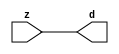

//------> ./rtl_mgc_ioport.v 
//------------------------------------------------------------------
//                M G C _ I O P O R T _ C O M P S
//------------------------------------------------------------------

//------------------------------------------------------------------
//                       M O D U L E S
//------------------------------------------------------------------

//------------------------------------------------------------------
//-- INPUT ENTITIES
//------------------------------------------------------------------

module mgc_in_wire (d, z);

  parameter integer rscid = 1;
  parameter integer width = 8;

  output [width-1:0] d;
  input  [width-1:0] z;

  wire   [width-1:0] d;

  assign d = z;

endmodule

//------------------------------------------------------------------

module mgc_in_wire_en (ld, d, lz, z);

  parameter integer rscid = 1;
  parameter integer width = 8;

  input              ld;
  output [width-1:0] d;
  output             lz;
  input  [width-1:0] z;

  wire   [width-1:0] d;
  wire               lz;

  assign d = z;
  assign lz = ld;

endmodule

//------------------------------------------------------------------

module mgc_in_wire_wait (ld, vd, d, lz, vz, z);

  parameter integer rscid = 1;
  parameter integer width = 8;

  input              ld;
  output             vd;
  output [width-1:0] d;
  output             lz;
  input              vz;
  input  [width-1:0] z;

  wire               vd;
  wire   [width-1:0] d;
  wire               lz;

  assign d = z;
  assign lz = ld;
  assign vd = vz;

endmodule
//------------------------------------------------------------------

module mgc_chan_in (ld, vd, d, lz, vz, z, size, req_size, sizez, sizelz);

  parameter integer rscid = 1;
  parameter integer width = 8;
  parameter integer sz_width = 8;

  input              ld;
  output             vd;
  output [width-1:0] d;
  output             lz;
  input              vz;
  input  [width-1:0] z;
  output [sz_width-1:0] size;
  input              req_size;
  input  [sz_width-1:0] sizez;
  output             sizelz;


  wire               vd;
  wire   [width-1:0] d;
  wire               lz;
  wire   [sz_width-1:0] size;
  wire               sizelz;

  assign d = z;
  assign lz = ld;
  assign vd = vz;
  assign size = sizez;
  assign sizelz = req_size;

endmodule


//------------------------------------------------------------------
//-- OUTPUT ENTITIES
//------------------------------------------------------------------

module mgc_out_stdreg (d, z);

  parameter integer rscid = 1;
  parameter integer width = 8;

  input    [width-1:0] d;
  output   [width-1:0] z;

  wire     [width-1:0] z;

  assign z = d;

endmodule

//------------------------------------------------------------------

module mgc_out_stdreg_en (ld, d, lz, z);

  parameter integer rscid = 1;
  parameter integer width = 8;

  input              ld;
  input  [width-1:0] d;
  output             lz;
  output [width-1:0] z;

  wire               lz;
  wire   [width-1:0] z;

  assign z = d;
  assign lz = ld;

endmodule

//------------------------------------------------------------------

module mgc_out_stdreg_wait (ld, vd, d, lz, vz, z);

  parameter integer rscid = 1;
  parameter integer width = 8;

  input              ld;
  output             vd;
  input  [width-1:0] d;
  output             lz;
  input              vz;
  output [width-1:0] z;

  wire               vd;
  wire               lz;
  wire   [width-1:0] z;

  assign z = d;
  assign lz = ld;
  assign vd = vz;

endmodule

//------------------------------------------------------------------

module mgc_out_prereg_en (ld, d, lz, z);

    parameter integer rscid = 1;
    parameter integer width = 8;

    input              ld;
    input  [width-1:0] d;
    output             lz;
    output [width-1:0] z;

    wire               lz;
    wire   [width-1:0] z;

    assign z = d;
    assign lz = ld;

endmodule

//------------------------------------------------------------------
//-- INOUT ENTITIES
//------------------------------------------------------------------

module mgc_inout_stdreg_en (ldin, din, ldout, dout, lzin, lzout, z);

    parameter integer rscid = 1;
    parameter integer width = 8;

    input              ldin;
    output [width-1:0] din;
    input              ldout;
    input  [width-1:0] dout;
    output             lzin;
    output             lzout;
    inout  [width-1:0] z;

    wire   [width-1:0] din;
    wire               lzin;
    wire               lzout;
    wire   [width-1:0] z;

    assign lzin = ldin;
    assign din = ldin ? z : {width{1'bz}};
    assign lzout = ldout;
    assign z = ldout ? dout : {width{1'bz}};

endmodule

//------------------------------------------------------------------
module hid_tribuf( I_SIG, ENABLE, O_SIG);
  parameter integer width = 8;

  input [width-1:0] I_SIG;
  input ENABLE;
  inout [width-1:0] O_SIG;

  assign O_SIG = (ENABLE) ? I_SIG : { width{1'bz}};

endmodule
//------------------------------------------------------------------

module mgc_inout_stdreg_wait (ldin, vdin, din, ldout, vdout, dout, lzin, vzin, lzout, vzout, z);

    parameter integer rscid = 1;
    parameter integer width = 8;

    input              ldin;
    output             vdin;
    output [width-1:0] din;
    input              ldout;
    output             vdout;
    input  [width-1:0] dout;
    output             lzin;
    input              vzin;
    output             lzout;
    input              vzout;
    inout  [width-1:0] z;

    wire               vdin;
    wire   [width-1:0] din;
    wire               vdout;
    wire               lzin;
    wire               lzout;
    wire   [width-1:0] z;
    wire   ldout_and_vzout;

    assign lzin = ldin;
    assign vdin = vzin;
    assign din = ldin ? z : {width{1'bz}};
    assign lzout = ldout;
    assign vdout = vzout ;
    assign ldout_and_vzout = ldout && vzout ;

    hid_tribuf #(width) tb( .I_SIG(dout),
                            .ENABLE(ldout_and_vzout),
                            .O_SIG(z) );

endmodule

//------------------------------------------------------------------

module mgc_inout_buf_wait (clk, en, arst, srst, ldin, vdin, din, ldout, vdout, dout, lzin, vzin, lzout, vzout, z);

    parameter integer rscid   = 0; // resource ID
    parameter integer width   = 8; // fifo width
    parameter         ph_clk  =  1'b1; // clock polarity 1=rising edge, 0=falling edge
    parameter         ph_en   =  1'b1; // clock enable polarity
    parameter         ph_arst =  1'b1; // async reset polarity
    parameter         ph_srst =  1'b1; // sync reset polarity

    input              clk;
    input              en;
    input              arst;
    input              srst;
    input              ldin;
    output             vdin;
    output [width-1:0] din;
    input              ldout;
    output             vdout;
    input  [width-1:0] dout;
    output             lzin;
    input              vzin;
    output             lzout;
    input              vzout;
    inout  [width-1:0] z;

    wire               lzout_buf;
    wire               vzout_buf;
    wire   [width-1:0] z_buf;
    wire               vdin;
    wire   [width-1:0] din;
    wire               vdout;
    wire               lzin;
    wire               lzout;
    wire   [width-1:0] z;

    assign lzin = ldin;
    assign vdin = vzin;
    assign din = ldin ? z : {width{1'bz}};
    assign lzout = lzout_buf & ~ldin;
    assign vzout_buf = vzout & ~ldin;
    hid_tribuf #(width) tb( .I_SIG(z_buf),
                            .ENABLE((lzout_buf && (!ldin) && vzout) ),
                            .O_SIG(z)  );

    mgc_out_buf_wait
    #(
        .rscid   (rscid),
        .width   (width),
        .ph_clk  (ph_clk),
        .ph_en   (ph_en),
        .ph_arst (ph_arst),
        .ph_srst (ph_srst)
    )
    BUFF
    (
        .clk     (clk),
        .en      (en),
        .arst    (arst),
        .srst    (srst),
        .ld      (ldout),
        .vd      (vdout),
        .d       (dout),
        .lz      (lzout_buf),
        .vz      (vzout_buf),
        .z       (z_buf)
    );


endmodule

module mgc_inout_fifo_wait (clk, en, arst, srst, ldin, vdin, din, ldout, vdout, dout, lzin, vzin, lzout, vzout, z);

    parameter integer rscid   = 0; // resource ID
    parameter integer width   = 8; // fifo width
    parameter integer fifo_sz = 8; // fifo depth
    parameter         ph_clk  = 1'b1;  // clock polarity 1=rising edge, 0=falling edge
    parameter         ph_en   = 1'b1;  // clock enable polarity
    parameter         ph_arst = 1'b1;  // async reset polarity
    parameter         ph_srst = 1'b1;  // sync reset polarity
    parameter integer ph_log2 = 3;     // log2(fifo_sz)
    parameter integer pwropt  = 0;     // pwropt

    input              clk;
    input              en;
    input              arst;
    input              srst;
    input              ldin;
    output             vdin;
    output [width-1:0] din;
    input              ldout;
    output             vdout;
    input  [width-1:0] dout;
    output             lzin;
    input              vzin;
    output             lzout;
    input              vzout;
    inout  [width-1:0] z;

    wire               lzout_buf;
    wire               vzout_buf;
    wire   [width-1:0] z_buf;
    wire               comb;
    wire               vdin;
    wire   [width-1:0] din;
    wire               vdout;
    wire               lzin;
    wire               lzout;
    wire   [width-1:0] z;

    assign lzin = ldin;
    assign vdin = vzin;
    assign din = ldin ? z : {width{1'bz}};
    assign lzout = lzout_buf & ~ldin;
    assign vzout_buf = vzout & ~ldin;
    assign comb = (lzout_buf && (!ldin) && vzout);

    hid_tribuf #(width) tb2( .I_SIG(z_buf), .ENABLE(comb), .O_SIG(z)  );

    mgc_out_fifo_wait
    #(
        .rscid   (rscid),
        .width   (width),
        .fifo_sz (fifo_sz),
        .ph_clk  (ph_clk),
        .ph_en   (ph_en),
        .ph_arst (ph_arst),
        .ph_srst (ph_srst),
        .ph_log2 (ph_log2),
        .pwropt  (pwropt)
    )
    FIFO
    (
        .clk   (clk),
        .en      (en),
        .arst    (arst),
        .srst    (srst),
        .ld      (ldout),
        .vd      (vdout),
        .d       (dout),
        .lz      (lzout_buf),
        .vz      (vzout_buf),
        .z       (z_buf)
    );

endmodule

//------------------------------------------------------------------
//-- I/O SYNCHRONIZATION ENTITIES
//------------------------------------------------------------------

module mgc_io_sync (ld, lz);

    input  ld;
    output lz;

    assign lz = ld;

endmodule

module mgc_bsync_rdy (rd, rz);

    parameter integer rscid   = 0; // resource ID
    parameter ready = 1;
    parameter valid = 0;

    input  rd;
    output rz;

    wire   rz;

    assign rz = rd;

endmodule

module mgc_bsync_vld (vd, vz);

    parameter integer rscid   = 0; // resource ID
    parameter ready = 0;
    parameter valid = 1;

    output vd;
    input  vz;

    wire   vd;

    assign vd = vz;

endmodule

module mgc_bsync_rv (rd, vd, rz, vz);

    parameter integer rscid   = 0; // resource ID
    parameter ready = 1;
    parameter valid = 1;

    input  rd;
    output vd;
    output rz;
    input  vz;

    wire   vd;
    wire   rz;

    assign rz = rd;
    assign vd = vz;

endmodule

//------------------------------------------------------------------

module mgc_sync (ldin, vdin, ldout, vdout);

  input  ldin;
  output vdin;
  input  ldout;
  output vdout;

  wire   vdin;
  wire   vdout;

  assign vdin = ldout;
  assign vdout = ldin;

endmodule

///////////////////////////////////////////////////////////////////////////////
// dummy function used to preserve funccalls for modulario
// it looks like a memory read to the caller
///////////////////////////////////////////////////////////////////////////////
module funccall_inout (d, ad, bd, z, az, bz);

  parameter integer ram_id = 1;
  parameter integer width = 8;
  parameter integer addr_width = 8;

  output [width-1:0]       d;
  input  [addr_width-1:0]  ad;
  input                    bd;
  input  [width-1:0]       z;
  output [addr_width-1:0]  az;
  output                   bz;

  wire   [width-1:0]       d;
  wire   [addr_width-1:0]  az;
  wire                     bz;

  assign d  = z;
  assign az = ad;
  assign bz = bd;

endmodule


///////////////////////////////////////////////////////////////////////////////
// inlinable modular io not otherwise found in mgc_ioport
///////////////////////////////////////////////////////////////////////////////

module modulario_en_in (vd, d, vz, z);

  parameter integer rscid = 1;
  parameter integer width = 8;

  output             vd;
  output [width-1:0] d;
  input              vz;
  input  [width-1:0] z;

  wire   [width-1:0] d;
  wire               vd;

  assign d = z;
  assign vd = vz;

endmodule

//------> ./rtl_mgc_ioport_v2001.v 
//------------------------------------------------------------------

module mgc_out_reg_pos (clk, en, arst, srst, ld, d, lz, z);

    parameter integer rscid   = 1;
    parameter integer width   = 8;
    parameter         ph_en   =  1'b1;
    parameter         ph_arst =  1'b1;
    parameter         ph_srst =  1'b1;

    input              clk;
    input              en;
    input              arst;
    input              srst;
    input              ld;
    input  [width-1:0] d;
    output             lz;
    output [width-1:0] z;

    reg                lz;
    reg    [width-1:0] z;

    generate
    if (ph_arst == 1'b0)
    begin: NEG_ARST
        always @(posedge clk or negedge arst)
        if (arst == 1'b0)
        begin: B1
            lz <= 1'b0;
            z  <= {width{1'b0}};
        end
        else if (srst == ph_srst)
        begin: B2
            lz <= 1'b0;
            z  <= {width{1'b0}};
        end
        else if (en == ph_en)
        begin: B3
            lz <= ld;
            z  <= (ld) ? d : z;
        end
    end
    else
    begin: POS_ARST
        always @(posedge clk or posedge arst)
        if (arst == 1'b1)
        begin: B1
            lz <= 1'b0;
            z  <= {width{1'b0}};
        end
        else if (srst == ph_srst)
        begin: B2
            lz <= 1'b0;
            z  <= {width{1'b0}};
        end
        else if (en == ph_en)
        begin: B3
            lz <= ld;
            z  <= (ld) ? d : z;
        end
    end
    endgenerate

endmodule

//------------------------------------------------------------------

module mgc_out_reg_neg (clk, en, arst, srst, ld, d, lz, z);

    parameter integer rscid   = 1;
    parameter integer width   = 8;
    parameter         ph_en   =  1'b1;
    parameter         ph_arst =  1'b1;
    parameter         ph_srst =  1'b1;

    input              clk;
    input              en;
    input              arst;
    input              srst;
    input              ld;
    input  [width-1:0] d;
    output             lz;
    output [width-1:0] z;

    reg                lz;
    reg    [width-1:0] z;

    generate
    if (ph_arst == 1'b0)
    begin: NEG_ARST
        always @(negedge clk or negedge arst)
        if (arst == 1'b0)
        begin: B1
            lz <= 1'b0;
            z  <= {width{1'b0}};
        end
        else if (srst == ph_srst)
        begin: B2
            lz <= 1'b0;
            z  <= {width{1'b0}};
        end
        else if (en == ph_en)
        begin: B3
            lz <= ld;
            z  <= (ld) ? d : z;
        end
    end
    else
    begin: POS_ARST
        always @(negedge clk or posedge arst)
        if (arst == 1'b1)
        begin: B1
            lz <= 1'b0;
            z  <= {width{1'b0}};
        end
        else if (srst == ph_srst)
        begin: B2
            lz <= 1'b0;
            z  <= {width{1'b0}};
        end
        else if (en == ph_en)
        begin: B3
            lz <= ld;
            z  <= (ld) ? d : z;
        end
    end
    endgenerate

endmodule

//------------------------------------------------------------------

module mgc_out_reg (clk, en, arst, srst, ld, d, lz, z); // Not Supported

    parameter integer rscid   = 1;
    parameter integer width   = 8;
    parameter         ph_clk  =  1'b1;
    parameter         ph_en   =  1'b1;
    parameter         ph_arst =  1'b1;
    parameter         ph_srst =  1'b1;

    input              clk;
    input              en;
    input              arst;
    input              srst;
    input              ld;
    input  [width-1:0] d;
    output             lz;
    output [width-1:0] z;


    generate
    if (ph_clk == 1'b0)
    begin: NEG_EDGE

        mgc_out_reg_neg
        #(
            .rscid   (rscid),
            .width   (width),
            .ph_en   (ph_en),
            .ph_arst (ph_arst),
            .ph_srst (ph_srst)
        )
        mgc_out_reg_neg_inst
        (
            .clk     (clk),
            .en      (en),
            .arst    (arst),
            .srst    (srst),
            .ld      (ld),
            .d       (d),
            .lz      (lz),
            .z       (z)
        );

    end
    else
    begin: POS_EDGE

        mgc_out_reg_pos
        #(
            .rscid   (rscid),
            .width   (width),
            .ph_en   (ph_en),
            .ph_arst (ph_arst),
            .ph_srst (ph_srst)
        )
        mgc_out_reg_pos_inst
        (
            .clk     (clk),
            .en      (en),
            .arst    (arst),
            .srst    (srst),
            .ld      (ld),
            .d       (d),
            .lz      (lz),
            .z       (z)
        );

    end
    endgenerate

endmodule




//------------------------------------------------------------------

module mgc_out_buf_wait (clk, en, arst, srst, ld, vd, d, vz, lz, z); // Not supported

    parameter integer rscid   = 1;
    parameter integer width   = 8;
    parameter         ph_clk  =  1'b1;
    parameter         ph_en   =  1'b1;
    parameter         ph_arst =  1'b1;
    parameter         ph_srst =  1'b1;

    input              clk;
    input              en;
    input              arst;
    input              srst;
    input              ld;
    output             vd;
    input  [width-1:0] d;
    output             lz;
    input              vz;
    output [width-1:0] z;

    wire               filled;
    wire               filled_next;
    wire   [width-1:0] abuf;
    wire               lbuf;


    assign filled_next = (filled & (~vz)) | (filled & ld) | (ld & (~vz));

    assign lbuf = ld & ~(filled ^ vz);

    assign vd = vz | ~filled;

    assign lz = ld | filled;

    assign z = (filled) ? abuf : d;

    wire dummy;
    wire dummy_bufreg_lz;

    // Output registers:
    mgc_out_reg
    #(
        .rscid   (rscid),
        .width   (1'b1),
        .ph_clk  (ph_clk),
        .ph_en   (ph_en),
        .ph_arst (ph_arst),
        .ph_srst (ph_srst)
    )
    STATREG
    (
        .clk     (clk),
        .en      (en),
        .arst    (arst),
        .srst    (srst),
        .ld      (filled_next),
        .d       (1'b0),       // input d is unused
        .lz      (filled),
        .z       (dummy)            // output z is unused
    );

    mgc_out_reg
    #(
        .rscid   (rscid),
        .width   (width),
        .ph_clk  (ph_clk),
        .ph_en   (ph_en),
        .ph_arst (ph_arst),
        .ph_srst (ph_srst)
    )
    BUFREG
    (
        .clk     (clk),
        .en      (en),
        .arst    (arst),
        .srst    (srst),
        .ld      (lbuf),
        .d       (d),
        .lz      (dummy_bufreg_lz),
        .z       (abuf)
    );

endmodule

//------------------------------------------------------------------

module mgc_out_fifo_wait (clk, en, arst, srst, ld, vd, d, lz, vz,  z);

    parameter integer rscid   = 0; // resource ID
    parameter integer width   = 8; // fifo width
    parameter integer fifo_sz = 8; // fifo depth
    parameter         ph_clk  = 1'b1; // clock polarity 1=rising edge, 0=falling edge
    parameter         ph_en   = 1'b1; // clock enable polarity
    parameter         ph_arst = 1'b1; // async reset polarity
    parameter         ph_srst = 1'b1; // sync reset polarity
    parameter integer ph_log2 = 3; // log2(fifo_sz)
    parameter integer pwropt  = 0; // pwropt


    input                 clk;
    input                 en;
    input                 arst;
    input                 srst;
    input                 ld;    // load data
    output                vd;    // fifo full active low
    input     [width-1:0] d;
    output                lz;    // fifo ready to send
    input                 vz;    // dest ready for data
    output    [width-1:0] z;

    wire    [31:0]      size;


      // Output registers:
 mgc_out_fifo_wait_core#(
        .rscid   (rscid),
        .width   (width),
        .sz_width (32),
        .fifo_sz (fifo_sz),
        .ph_clk  (ph_clk),
        .ph_en   (ph_en),
        .ph_arst (ph_arst),
        .ph_srst (ph_srst),
        .ph_log2 (ph_log2),
        .pwropt  (pwropt)
        ) CORE (
        .clk (clk),
        .en (en),
        .arst (arst),
        .srst (srst),
        .ld (ld),
        .vd (vd),
        .d (d),
        .lz (lz),
        .vz (vz),
        .z (z),
        .size (size)
        );

endmodule



module mgc_out_fifo_wait_core (clk, en, arst, srst, ld, vd, d, lz, vz,  z, size);

    parameter integer rscid   = 0; // resource ID
    parameter integer width   = 8; // fifo width
    parameter integer sz_width = 8; // size of port for elements in fifo
    parameter integer fifo_sz = 8; // fifo depth
    parameter         ph_clk  =  1'b1; // clock polarity 1=rising edge, 0=falling edge
    parameter         ph_en   =  1'b1; // clock enable polarity
    parameter         ph_arst =  1'b1; // async reset polarity
    parameter         ph_srst =  1'b1; // sync reset polarity
    parameter integer ph_log2 = 3; // log2(fifo_sz)
    parameter integer pwropt  = 0; // pwropt

   localparam integer  fifo_b = width * fifo_sz;

    input                 clk;
    input                 en;
    input                 arst;
    input                 srst;
    input                 ld;    // load data
    output                vd;    // fifo full active low
    input     [width-1:0] d;
    output                lz;    // fifo ready to send
    input                 vz;    // dest ready for data
    output    [width-1:0] z;
    output    [sz_width-1:0]      size;

    reg      [( (fifo_sz > 0) ? fifo_sz : 1)-1:0] stat_pre;
    wire     [( (fifo_sz > 0) ? fifo_sz : 1)-1:0] stat;
    reg      [( (fifo_b > 0) ? fifo_b : 1)-1:0] buff_pre;
    wire     [( (fifo_b > 0) ? fifo_b : 1)-1:0] buff;
    reg      [( (fifo_sz > 0) ? fifo_sz : 1)-1:0] en_l;
    reg      [(((fifo_sz > 0) ? fifo_sz : 1)-1)/8:0] en_l_s;

    reg       [width-1:0] buff_nxt;

    reg                   stat_nxt;
    reg                   stat_before;
    reg                   stat_after;
    reg                   en_l_var;

    integer               i;
    genvar                eni;

    wire [32:0]           size_t;
    reg [31:0]            count;
    reg [31:0]            count_t;
    reg [32:0]            n_elem;
// pragma translate_off
    reg [31:0]            peak;
// pragma translate_on

    wire [( (fifo_sz > 0) ? fifo_sz : 1)-1:0] dummy_statreg_lz;
    wire [( (fifo_b > 0) ? fifo_b : 1)-1:0] dummy_bufreg_lz;

    generate
    if ( fifo_sz > 0 )
    begin: FIFO_REG
      assign vd = vz | ~stat[0];
      assign lz = ld | stat[fifo_sz-1];
      assign size_t = (count - (vz && stat[fifo_sz-1])) + ld;
      assign size = size_t[sz_width-1:0];
      assign z = (stat[fifo_sz-1]) ? buff[fifo_b-1:width*(fifo_sz-1)] : d;

      always @(*)
      begin: FIFOPROC
        n_elem = 33'b0;
        for (i = fifo_sz-1; i >= 0; i = i - 1)
        begin
          if (i != 0)
            stat_before = stat[i-1];
          else
            stat_before = 1'b0;

          if (i != (fifo_sz-1))
            stat_after = stat[i+1];
          else
            stat_after = 1'b1;

          stat_nxt = stat_after &
                    (stat_before | (stat[i] & (~vz)) | (stat[i] & ld) | (ld & (~vz)));

          stat_pre[i] = stat_nxt;
          en_l_var = 1'b1;
          if (!stat_nxt)
            begin
              buff_nxt = {width{1'b0}};
              en_l_var = 1'b0;
            end
          else if (vz && stat_before)
            buff_nxt[0+:width] = buff[width*(i-1)+:width];
          else if (ld && !((vz && stat_before) || ((!vz) && stat[i])))
            buff_nxt = d;
          else
            begin
              if (pwropt == 0)
                buff_nxt[0+:width] = buff[width*i+:width];
              else
                buff_nxt = {width{1'b0}};
              en_l_var = 1'b0;
            end

          if (ph_en != 0)
            en_l[i] = en & en_l_var;
          else
            en_l[i] = en | ~en_l_var;

          buff_pre[width*i+:width] = buff_nxt[0+:width];

          if ((stat_after == 1'b1) && (stat[i] == 1'b0))
            n_elem = ($unsigned(fifo_sz) - 1) - i;
        end

        if (ph_en != 0)
          en_l_s[(((fifo_sz > 0) ? fifo_sz : 1)-1)/8] = 1'b1;
        else
          en_l_s[(((fifo_sz > 0) ? fifo_sz : 1)-1)/8] = 1'b0;

        for (i = fifo_sz-1; i >= 7; i = i - 1)
        begin
          if ((i%'d2) == 0)
          begin
            if (ph_en != 0)
              en_l_s[(i/8)-1] = en & (stat[i]|stat_pre[i-1]);
            else
              en_l_s[(i/8)-1] = en | ~(stat[i]|stat_pre[i-1]);
          end
        end

        if ( stat[fifo_sz-1] == 1'b0 )
          count_t = 32'b0;
        else if ( stat[0] == 1'b1 )
          count_t = { {(32-ph_log2){1'b0}}, fifo_sz};
        else
          count_t = n_elem[31:0];
        count = count_t;
// pragma translate_off
        if ( peak < count )
          peak = count;
// pragma translate_on
      end

      if (pwropt == 0)
      begin: NOCGFIFO
        // Output registers:
        mgc_out_reg
        #(
            .rscid   (rscid),
            .width   (fifo_sz),
            .ph_clk  (ph_clk),
            .ph_en   (ph_en),
            .ph_arst (ph_arst),
            .ph_srst (ph_srst)
        )
        STATREG
        (
            .clk     (clk),
            .en      (en),
            .arst    (arst),
            .srst    (srst),
            .ld      (1'b1),
            .d       (stat_pre),
            .lz      (dummy_statreg_lz[0]),
            .z       (stat)
        );
        mgc_out_reg
        #(
            .rscid   (rscid),
            .width   (fifo_b),
            .ph_clk  (ph_clk),
            .ph_en   (ph_en),
            .ph_arst (ph_arst),
            .ph_srst (ph_srst)
        )
        BUFREG
        (
            .clk     (clk),
            .en      (en),
            .arst    (arst),
            .srst    (srst),
            .ld      (1'b1),
            .d       (buff_pre),
            .lz      (dummy_bufreg_lz[0]),
            .z       (buff)
        );
      end
      else
      begin: CGFIFO
        // Output registers:
        if ( pwropt > 1)
        begin: CGSTATFIFO2
          for (eni = fifo_sz-1; eni >= 0; eni = eni - 1)
          begin: pwroptGEN1
            mgc_out_reg
            #(
              .rscid   (rscid),
              .width   (1),
              .ph_clk  (ph_clk),
              .ph_en   (ph_en),
              .ph_arst (ph_arst),
              .ph_srst (ph_srst)
            )
            STATREG
            (
              .clk     (clk),
              .en      (en_l_s[eni/8]),
              .arst    (arst),
              .srst    (srst),
              .ld      (1'b1),
              .d       (stat_pre[eni]),
              .lz      (dummy_statreg_lz[eni]),
              .z       (stat[eni])
            );
          end
        end
        else
        begin: CGSTATFIFO
          mgc_out_reg
          #(
            .rscid   (rscid),
            .width   (fifo_sz),
            .ph_clk  (ph_clk),
            .ph_en   (ph_en),
            .ph_arst (ph_arst),
            .ph_srst (ph_srst)
          )
          STATREG
          (
            .clk     (clk),
            .en      (en),
            .arst    (arst),
            .srst    (srst),
            .ld      (1'b1),
            .d       (stat_pre),
            .lz      (dummy_statreg_lz[0]),
            .z       (stat)
          );
        end
        for (eni = fifo_sz-1; eni >= 0; eni = eni - 1)
        begin: pwroptGEN2
          mgc_out_reg
          #(
            .rscid   (rscid),
            .width   (width),
            .ph_clk  (ph_clk),
            .ph_en   (ph_en),
            .ph_arst (ph_arst),
            .ph_srst (ph_srst)
          )
          BUFREG
          (
            .clk     (clk),
            .en      (en_l[eni]),
            .arst    (arst),
            .srst    (srst),
            .ld      (1'b1),
            .d       (buff_pre[width*eni+:width]),
            .lz      (dummy_bufreg_lz[eni]),
            .z       (buff[width*eni+:width])
          );
        end
      end
    end
    else
    begin: FEED_THRU
      assign vd = vz;
      assign lz = ld;
      assign z = d;
      assign size = ld && !vz;
    end
    endgenerate

endmodule

//------------------------------------------------------------------
//-- PIPE ENTITIES
//------------------------------------------------------------------
/*
 *
 *             _______________________________________________
 * WRITER    |                                               |          READER
 *           |           MGC_PIPE                            |
 *           |           __________________________          |
 *        --<| vdout  --<| vd ---------------  vz<|-----ldin<|---
 *           |           |      FIFO              |          |
 *        ---|>ldout  ---|>ld ---------------- lz |> ---vdin |>--
 *        ---|>dout -----|>d  ---------------- dz |> ----din |>--
 *           |           |________________________|          |
 *           |_______________________________________________|
 */
// two clock pipe
module mgc_pipe (clk, en, arst, srst, ldin, vdin, din, ldout, vdout, dout, size, req_size);

    parameter integer rscid   = 0; // resource ID
    parameter integer width   = 8; // fifo width
    parameter integer sz_width = 8; // width of size of elements in fifo
    parameter integer fifo_sz = 8; // fifo depth
    parameter integer log2_sz = 3; // log2(fifo_sz)
    parameter         ph_clk  = 1'b1;  // clock polarity 1=rising edge, 0=falling edge
    parameter         ph_en   = 1'b1;  // clock enable polarity
    parameter         ph_arst = 1'b1;  // async reset polarity
    parameter         ph_srst = 1'b1;  // sync reset polarity
    parameter integer pwropt  = 0; // pwropt

    input              clk;
    input              en;
    input              arst;
    input              srst;
    input              ldin;
    output             vdin;
    output [width-1:0] din;
    input              ldout;
    output             vdout;
    input  [width-1:0] dout;
    output [sz_width-1:0]      size;
    input              req_size;


    mgc_out_fifo_wait_core
    #(
        .rscid    (rscid),
        .width    (width),
        .sz_width (sz_width),
        .fifo_sz  (fifo_sz),
        .ph_clk   (ph_clk),
        .ph_en    (ph_en),
        .ph_arst  (ph_arst),
        .ph_srst  (ph_srst),
        .ph_log2  (log2_sz),
        .pwropt   (pwropt)
    )
    FIFO
    (
        .clk     (clk),
        .en      (en),
        .arst    (arst),
        .srst    (srst),
        .ld      (ldout),
        .vd      (vdout),
        .d       (dout),
        .lz      (vdin),
        .vz      (ldin),
        .z       (din),
        .size    (size)
    );

endmodule


//------> ./rtl.v 
// ----------------------------------------------------------------------
//  HLS HDL:        Verilog Netlister
//  HLS Version:    2011a.126 Production Release
//  HLS Date:       Wed Aug  8 00:52:07 PDT 2012
// 
//  Generated by:   kjr115@EEWS104A-013
//  Generated date: Fri Apr 29 15:44:46 2016
// ----------------------------------------------------------------------

// 
// ------------------------------------------------------------------
//  Design Unit:    Render
//  Generated from file(s):
//    2) $PROJECT_HOME/src/Render.cpp
// ------------------------------------------------------------------


module Render (
  v_out_rsc_z, clk, rst
);
  output [11:0] v_out_rsc_z;
  input clk;
  input rst;



  // Interconnect Declarations for Component Instantiations 
  mgc_out_stdreg #(.rscid(1),
  .width(12)) v_out_rsc_mgc_out_stdreg (
      .d(12'b111100000000),
      .z(v_out_rsc_z)
    );
endmodule